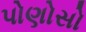
પોણોસો